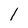
Character: 1